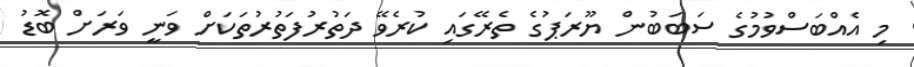
މި އެއްބަސްވުމުގެ ސަބަބުން ޔޫރަޕުގެ ތެރޭގައި ކުރެވޭ ދަތުރުފަތުރުތަކަށް ވަނީ ވަރަށް ބޮޑު